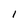
Character: 1